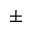
\pm